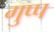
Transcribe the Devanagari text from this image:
गुप्प